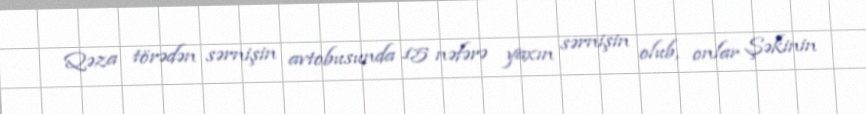
Qəza törədən sərnişin avtobusunda 15 nəfərə yaxın sərnişin olub, onlar Şəkinin